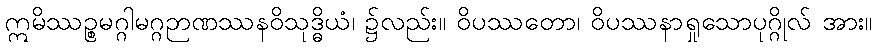
ဣမိဿဉ္စမဂ္ဂါမဂ္ဂဉာဏဿနဝိသုဒ္ဓိယံ၊ ၌လည်း။ ဝိပဿတော၊ ဝိပဿနာရှုသောပုဂ္ဂိုလ် အား။